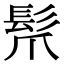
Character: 𩬐